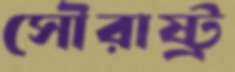
সৌরাষ্ট্র